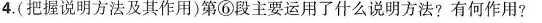
4.(把握说明方法及其作用)第⑥段主要运用了什么说明方法?有何作用?